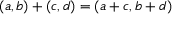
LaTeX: ( a , b ) + ( c , d ) = ( a + c , b + d )